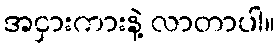
အငှားကားနဲ့ လာတာပါ။